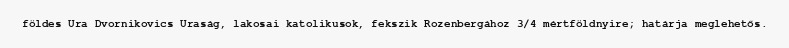
földes Ura Dvornikovics Uraság, lakosai katolikusok, fekszik Rozenbergához 3/4 mértföldnyire; határja meglehetős.